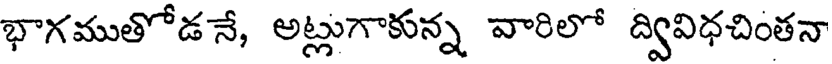
భాగముతోడనే, అట్లుగాకున్న వారిలో ద్వివిధచింతనా